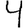
Digit: 4